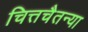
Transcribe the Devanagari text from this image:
चित्तचैतन्या